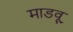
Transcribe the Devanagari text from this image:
माडवू